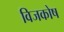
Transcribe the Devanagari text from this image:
विजकोष